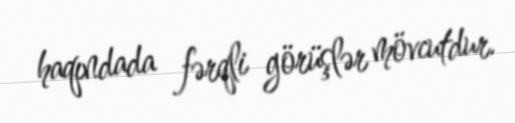
haqındada fərqli görüşlər mövcutdur.